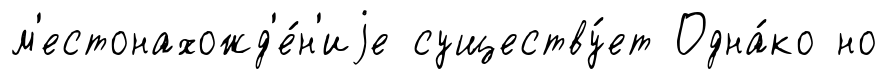
м'естонахожд'е́н'иjе существу́ет Одна́ко но